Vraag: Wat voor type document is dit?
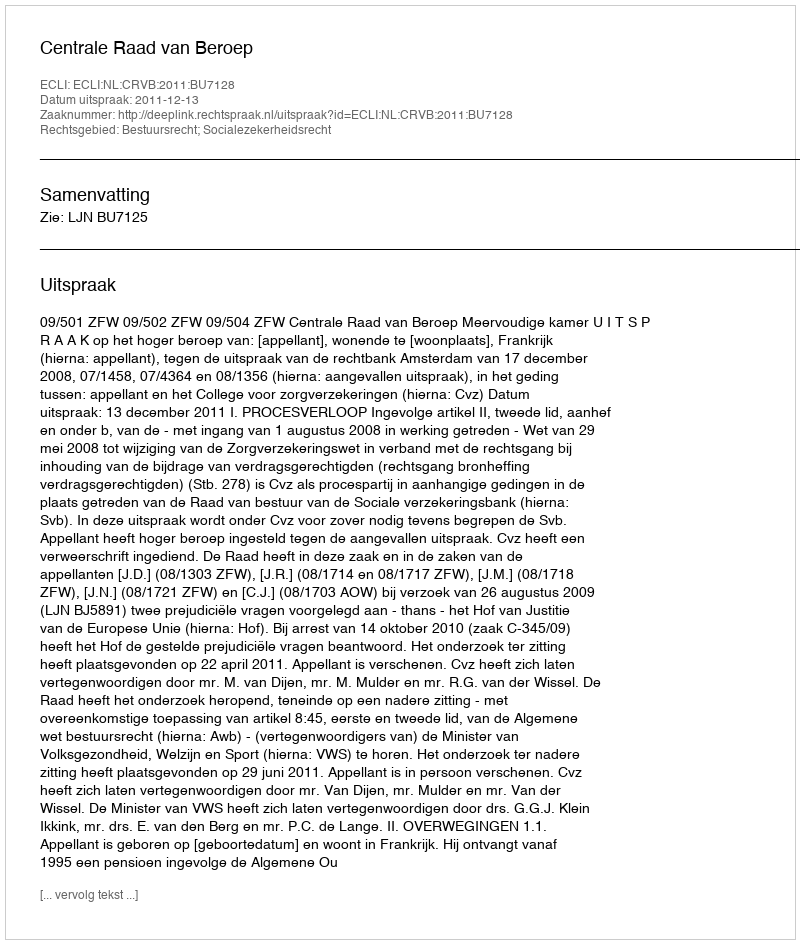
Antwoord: Uitspraak